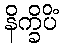
နိက္ခိပိံ